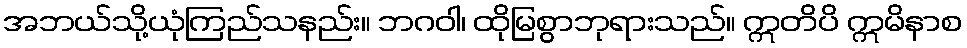
အဘယ်သို့ယုံကြည်သနည်း။ ဘဂဝါ၊ ထိုမြစွာဘုရားသည်။ ဣတိပိ ဣမိနာစ